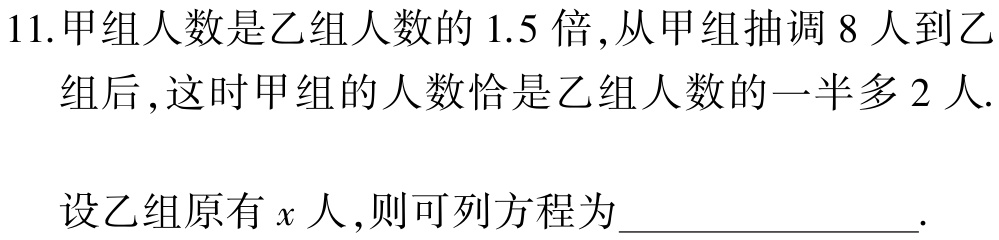
11.甲组人数是乙组人数的 1.5 倍,从甲组抽调 8 人到乙

组后,这时甲组的人数恰是乙组人数的一半多 2 人.

设乙组原有\(x\)人,则可列方程为______________.